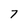
Character: 7